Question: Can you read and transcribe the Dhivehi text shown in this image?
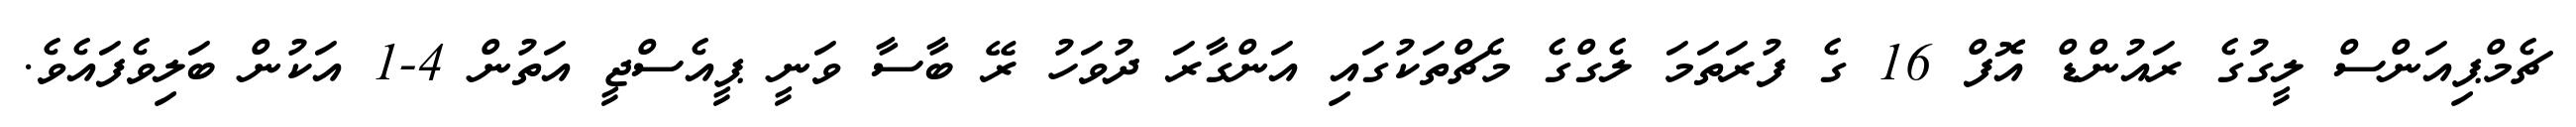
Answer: ޗެމްޕިއަންސް ލީގުގެ ރައުންޑް އޮފް 16 ގެ ފުރަތަމަ ލެގްގެ މެޗްތަކުގައި އަންގާރަ ދުވަހު ރޭ ބާސާ ވަނީ ޕީއެސްޖީ އަތުން 4-1 އަކުން ބަލިވެފައެވެ.